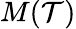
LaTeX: M(\mathcal{T})